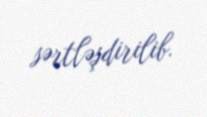
sərtləşdirilib.